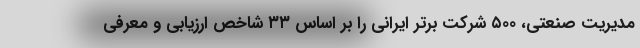
مدیریت صنعتی، ۵۰۰ شرکت برتر ایرانی را بر اساس ۳۳ شاخص ارزیابی و معرفی